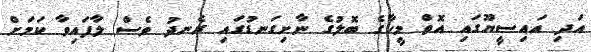
އަދި އައިސީޔޫގައި އޮތް މީހާގެ ބޮލުގެ ނާށިގަނޑުގައި ރެނދު ވެސް ލާފައިވާ ކަމަށް